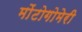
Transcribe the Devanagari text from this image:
मोंटोगोमेरी